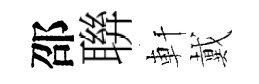
邵聨軒戴